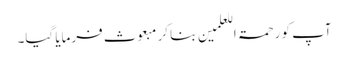
آپ کو رحمۃ اللعلمین بنا کر مبعوث فرمایا گیا۔